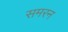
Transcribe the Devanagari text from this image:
समरन